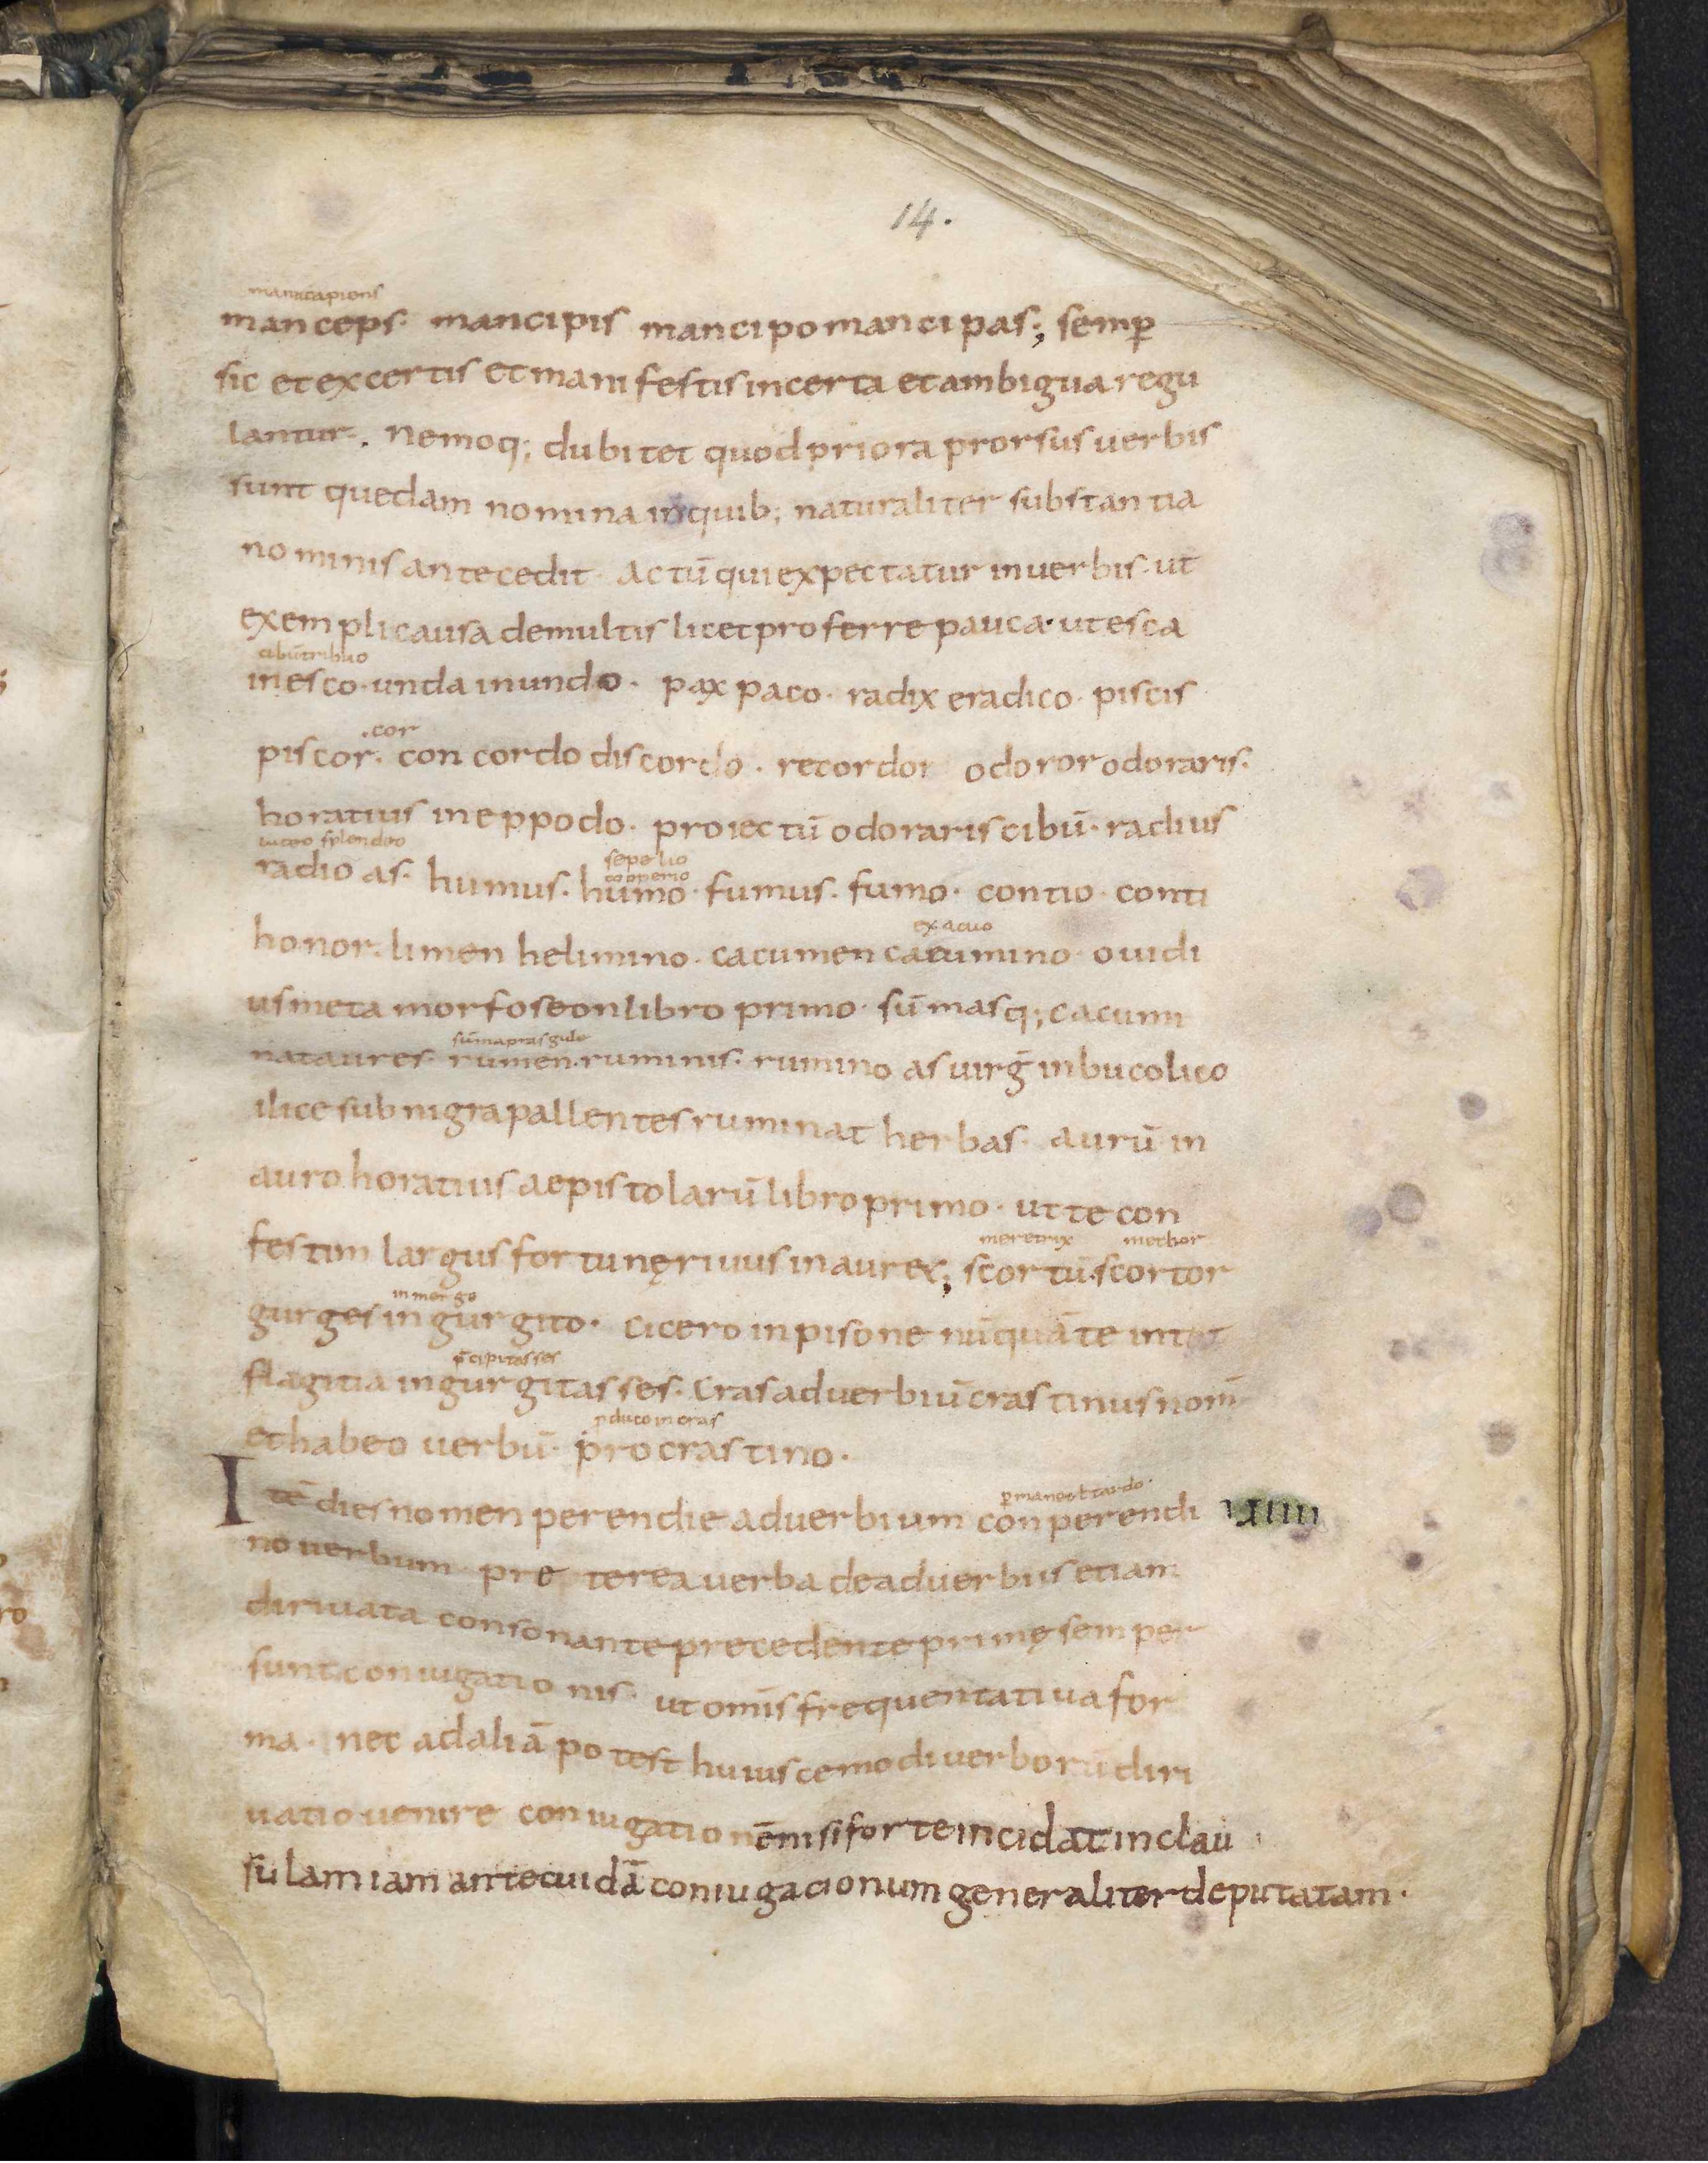
Shelfmark: Leiden, Bibliotheek der Rijksuniversiteit, Voss. Lat. O 41
Century: 9